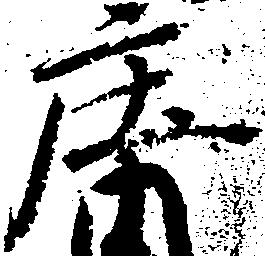
庄